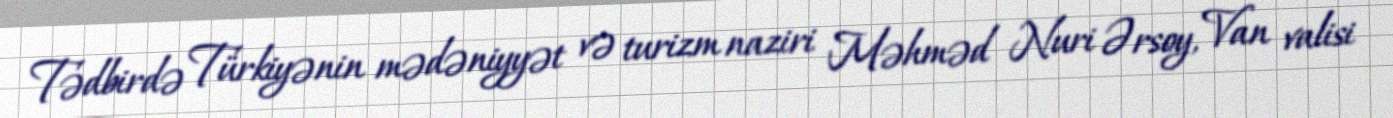
Tədbirdə Türkiyənin mədəniyyət və turizm naziri Məhməd Nuri Ərsoy, Van valisi